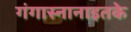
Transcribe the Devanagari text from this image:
गंगास्नानाइतके